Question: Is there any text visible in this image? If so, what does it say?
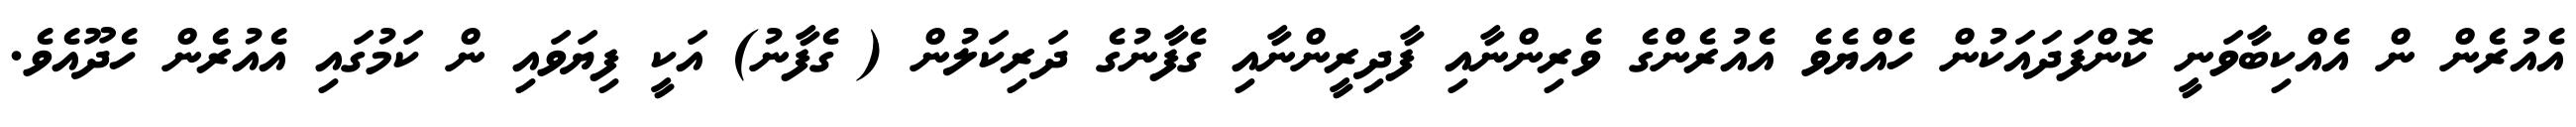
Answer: އެއުރެން ން އެއްކިބާވަނީ ކޮންފަދައަކުން ހެއްޔެވެ އެއުރެންގެ ވެރިންނާއި ފާދިރީންނާއި ގެފާނުގެ ދަރިކަލުން ( ގެފާނު) އަކީ ފިޔަވައި ން ކަމުގައި އެއުރެން ހެދޫއެވެ.